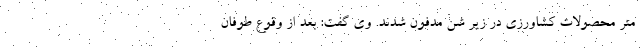
متر محصولات کشاورزی در زیر شن مدفون شدند. وی گفت: بعد از وقوع طوفان